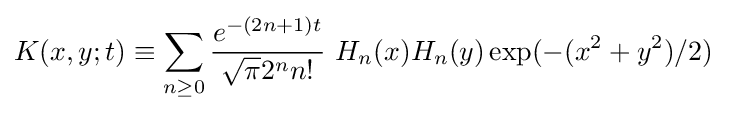
K(x,y;t)\equiv \sum _{n\geq 0}{\frac {e^{-(2n+1)t}}{{\sqrt {\pi }}2^{n}n!}}~H_{n}(x)H_{n}(y)\exp(-(x^{2}+y^{2})/2)~